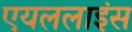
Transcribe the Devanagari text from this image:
एयललाइंस